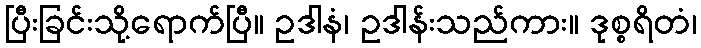
ပြီးခြင်းသို့ရောက်ပြီ။ ဥဒါနံ၊ ဥဒါန်းသည်ကား။ ဒုစ္စရိတံ၊